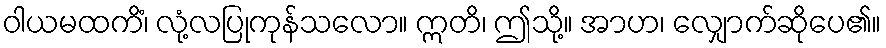
ဝါယမထကိံ၊ လုံ့လပြုကုန်သလော။ ဣတိ၊ ဤသို့။ အာဟ၊ လျှောက်ဆိုပေ၏။